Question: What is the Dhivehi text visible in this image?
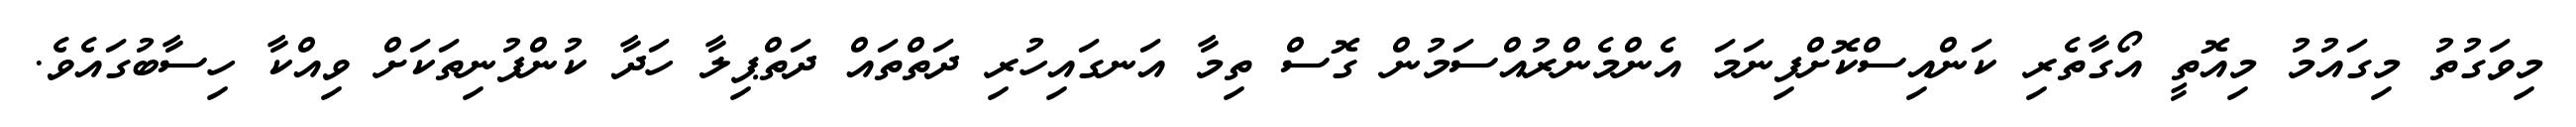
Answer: މިވަގުތު މިގައުމު މިއޮތީ އޯގާތެރި ކަންއިސްކޮށްފިނަމަ އެންމެންރުއްސަމުން ގޮސް ތިމާ އަނގައިހުރި ދަތްތައް ދަތްޕިލާ ހަދާ ކުންފުނިތަކަށް ވިއްކާ ހިސާބުގައެވެ.